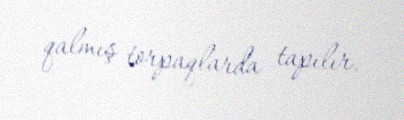
qalmış torpaqlarda tapılır.